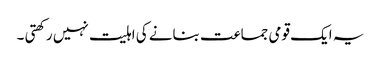
یہ ایک قومی جماعت بنانے کی اہلیت نہیں رکھتی ۔